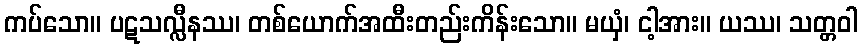
ကပ်သော။ ပဋသလ္လီနဿ၊ တစ်ယောက်အထီးတည်းကိန်းသော။ မယှံ၊ ငါ့အား။ ယဿ၊ သတ္တဝါ